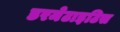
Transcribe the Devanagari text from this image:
डरमेटाइटिस